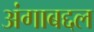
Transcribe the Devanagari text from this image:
अंगाबद्दल